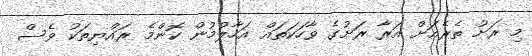
މި ރަށު ތެރެއަށް އަރާ ރަށުގެ ވާހަކަތައް އަހާލުމުން ކޮންމެ ރައްޔިތަކު ވެސް